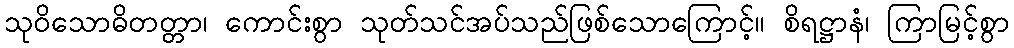
သုဝိသောဓိတတ္တာ၊ ကောင်းစွာ သုတ်သင်အပ်သည်ဖြစ်သောကြောင့်။ စိရဋ္ဌာနံ၊ ကြာမြင့်စွာ